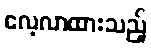
လေ့လာထားသည့်